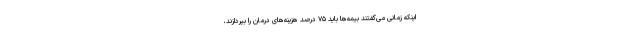
اینکه زمانی می‌گفتند بیمه‌ها باید ۷۵ درصد هزینه‌های درمان را بپردازند،